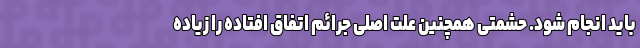
باید انجام شود. حشمتی همچنین علت اصلی جرائم اتفاق افتاده را زیاده